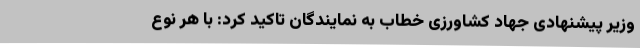
وزیر پیشنهادی جهاد کشاورزی خطاب به نمایندگان تاکید کرد: با هر نوع